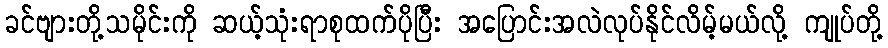
ခင်ဗျားတို့သမိုင်းကို ဆယ့်သုံးရာစုထက်ပိုပြီး အပြောင်းအလဲလုပ်နိုင်လိမ့်မယ်လို့ ကျုပ်တို့